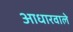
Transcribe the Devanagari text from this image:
आधारवाले